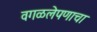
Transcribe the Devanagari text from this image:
वगळलेपणाचा